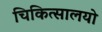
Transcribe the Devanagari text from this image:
चिकित्सालयो